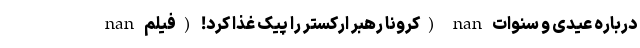
nan کرونا رهبر ارکستر را پيک غذا کرد! (فیلم) nan درباره عیدی و سنوات